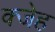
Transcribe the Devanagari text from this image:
क्जेह